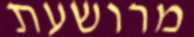
מרושעת